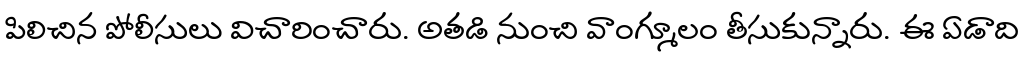
పిలిచిన పోలీసులు విచారించారు. అతడి నుంచి వాంగ్మూలం తీసుకున్నారు. ఈ ఏడాది